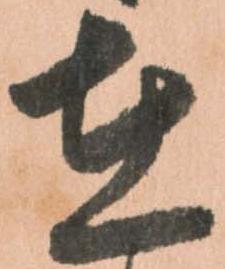
在